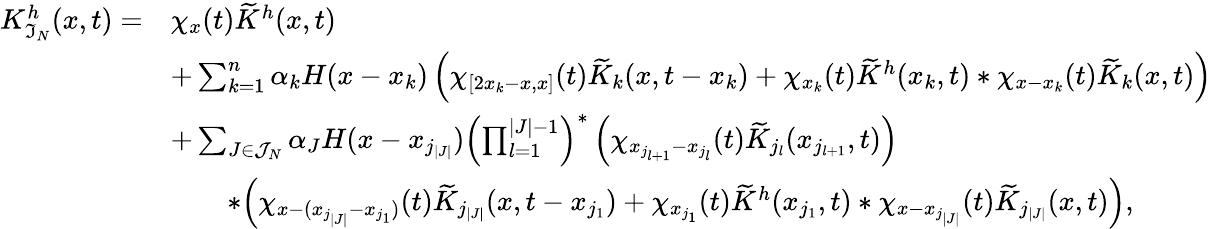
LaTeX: \begin{array}{rl}{K_{\mathfrak{I}_{N}}^{h}(x,t)=}&{\chi_{x}(t)\widetilde{K}^{h}(x,t)}\\ &{+\sum_{k=1}^{n}\alpha_{k}H(x-x_{k})\left(\chi_{[2x_{k}-x,x]}(t)\widetilde{K}_{k}(x,t-x_{k})+\chi_{x_{k}}(t)\widetilde{K}^{h}(x_{k},t)\ast\chi_{x-x_{k}}(t)\widetilde{K}_{k}(x,t)\right)}\\ &{+\sum_{J\in\mathcal{J}_{N}}\alpha_{J}H(x-x_{j_{|J|}})\left(\prod_{l=1}^{|J|-1}\right)^{\ast}\left(\chi_{x_{j_{l+1}}-x_{j_{l}}}(t)\widetilde{K}_{j_{l}}(x_{j_{l+1}},t)\right)}\\ &{\qquad\ast\Big(\chi_{x-(x_{j_{|J|}}-x_{j_{1}})}(t)\widetilde{K}_{j_{|J|}}(x,t-x_{j_{1}})+\chi_{x_{j_{1}}}(t)\widetilde{K}^{h}(x_{j_{1}},t)\ast\chi_{x-x_{j_{|J|}}}(t)\widetilde{K}_{j_{|J|}}(x,t)\Big),}\end{array}